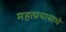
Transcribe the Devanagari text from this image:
महत्प्रयासाचे